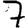
Digit: 7